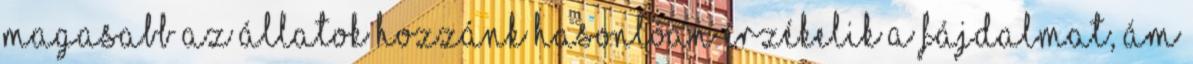
magasabb Az állatok hozzánk hasonlóan érzékelik a fájdalmat, ám